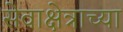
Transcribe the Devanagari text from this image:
सेवाक्षेत्राच्या